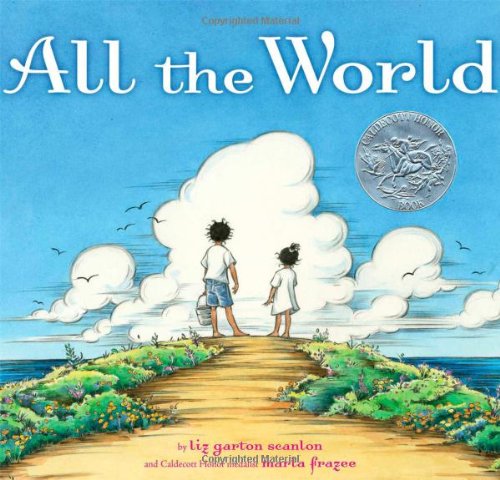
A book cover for All the World; Liz Garton Scanlon; Literature & Fiction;